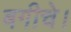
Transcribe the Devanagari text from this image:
बगीचे।